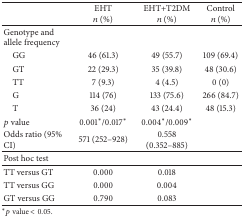
<table><thead><tr><td><b> </b></td><td><b>EHT<i>n</i> (%)</b></td><td><b>EHT+T2DM<i>n</i> (%)</b></td><td><b>Control<i>n</i> (%)</b></td></tr></thead><tbody><tr><td>Genotype and allele frequency</td><td> </td><td> </td><td> </td></tr><tr><td> GG</td><td>46 (61.3)</td><td>49 (55.7)</td><td>109 (69.4)</td></tr><tr><td> GT</td><td>22 (29.3)</td><td>35 (39.8)</td><td>48 (30.6)</td></tr><tr><td> TT</td><td>7 (9.3)</td><td>4 (4.5)</td><td>0 (0)</td></tr><tr><td> G</td><td>114 (76)</td><td>133 (75.6)</td><td>266 (84.7)</td></tr><tr><td> T</td><td>36 (24)</td><td>43 (24.4)</td><td>48 (15.3)</td></tr><tr><td><i>p</i> value</td><td>0.001<sup><i>∗</i></sup>/0.017<sup><i>∗</i></sup></td><td>0.004<sup><i>∗</i></sup>/0.009<sup><i>∗</i></sup></td><td> </td></tr><tr><td>Odds ratio (95% CI)</td><td>571 (252–928)</td><td>0.558 (0.352–885)</td><td> </td></tr><tr><td>Post hoc test</td><td> </td><td> </td><td> </td></tr><tr><td>TT versus GT</td><td>0.000</td><td>0.018</td><td> </td></tr><tr><td>TT versus GG</td><td>0.000</td><td>0.004</td><td> </td></tr><tr><td>GT versus GG</td><td>0.790</td><td>0.083</td><td> </td></tr></tbody></table>